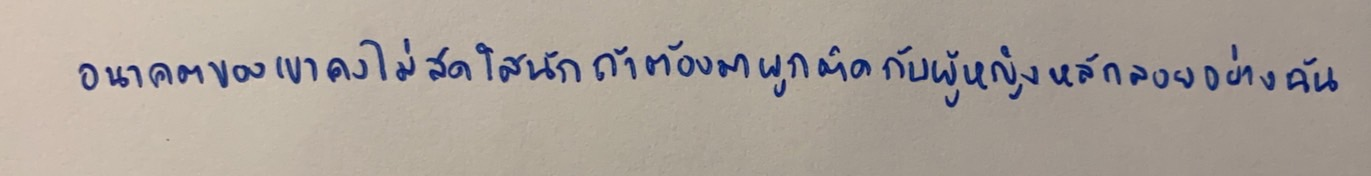
อนาคตของเขาคงไม่สดใสนักถ้าต้องมาผูกติดกับผู้หญิงหลักลอยอย่างฉัน